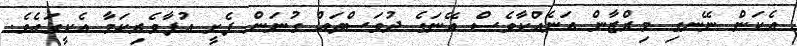
އެކަން ނޭނގި މިރްޒާން އަނެއްކާވެސް އޭނަގެ ދުވަސްތައް ގުނަން ފެށީ އުފާވެރިކަމާ އެކީގައެވެ.